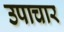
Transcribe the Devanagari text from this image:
उपाचार